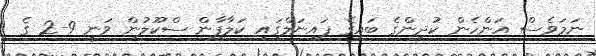
ނަމަވެސް އަންހެން ކުދިންގެ ބައިގެ ފައިނަލްގައި ކަލާފާން ސްކޫލުން ވަނީ 9-2 ގެ